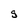
Character: g